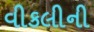
વીકલીની